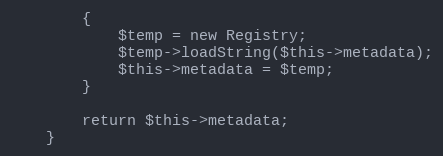
Language: PHP
		{
			$temp = new Registry;
			$temp->loadString($this->metadata);
			$this->metadata = $temp;
		}

		return $this->metadata;
	}